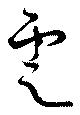
雲